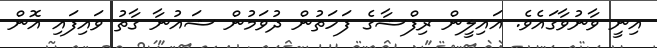
އިނީ ވާނުވާގައެވެ. އައިލީން ރިފްޝާގެ ފަހަތުން ދުވަމުން ޝައުނާ ގާތު ވައިފައި އޮން